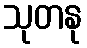
သုတနု